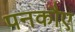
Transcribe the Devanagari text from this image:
पनकौए